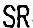
SR